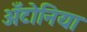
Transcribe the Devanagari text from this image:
अँटोनिया